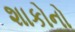
શાકોનો